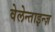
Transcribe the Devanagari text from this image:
वेलेन्ताइन्ज़